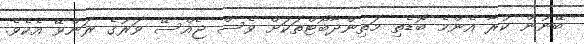
ބޭނުން ކުރާ އެންމެ ބޮޑެތި މަތިންދާބޯޓްތަކަށް ވެސް ޖެއްސޭ ވަރުގެ ރަންވޭ އެކެވެ.